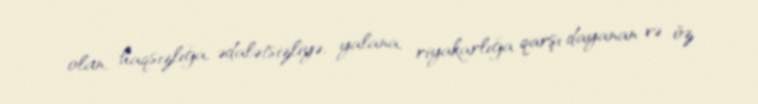
olan, haqsızlığa, ədalətsizliyə, yalana, riyakarlığa qarşı dayanan və öz